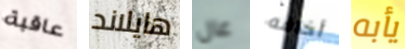
عاقبة هايلاند عال أخافه يأبه